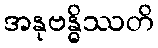
အနုဗန္ဓိဿတိ